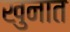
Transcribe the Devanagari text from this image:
खुनात